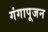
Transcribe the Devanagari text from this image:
गंगापूजन